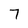
Character: 7